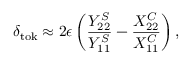
\delta _ { \mathrm { t o k } } \approx 2 \epsilon \left( \frac { Y _ { 2 2 } ^ { S } } { Y _ { 1 1 } ^ { S } } - \frac { X _ { 2 2 } ^ { C } } { X _ { 1 1 } ^ { C } } \right) ,